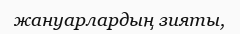
жануарлардың зияты,